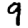
Digit: 9